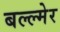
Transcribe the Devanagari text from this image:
बल्ल्मेर